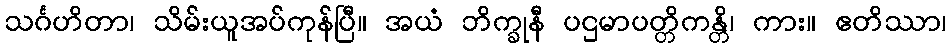
သင်္ဂဟိတာ၊ သိမ်းယူအပ်ကုန်ပြီ။ အယံ ဘိက္ခုနီ ပဌမာပတ္တိကန္တိ၊ ကား။ ဧတိဿာ၊